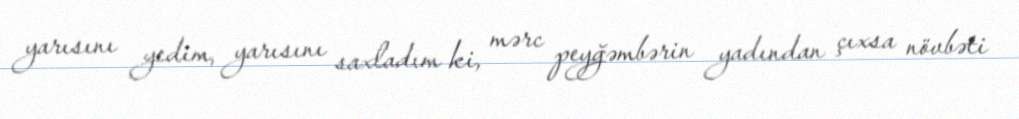
yarısını yedim, yarısını saxladım ki, mərc peyğəmbərin yadından çıxsa növbəti